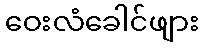
ဝေးလံခေါင်ဖျား